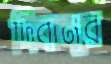
দিবানূর